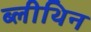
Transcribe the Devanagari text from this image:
ब्लीथिन